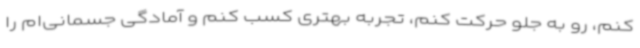
کنم، رو به جلو حرکت کنم، تجربه بهتری کسب کنم و آمادگی جسمانی‌ام را